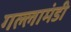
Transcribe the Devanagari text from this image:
गल्लामंडी